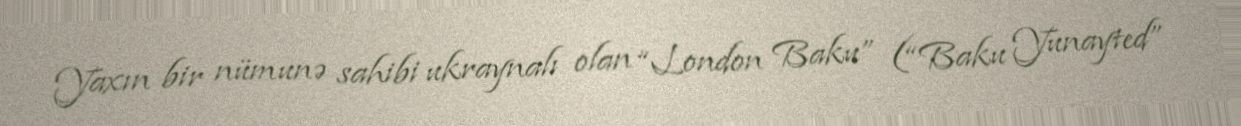
Yaxın bir nümunə sahibi ukraynalı olan “London Baku” (“Baku Yunayted”